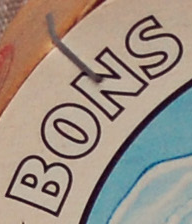
BONS